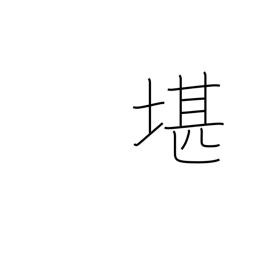
Meaning: withstand